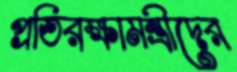
প্রতিরক্ষামন্ত্রীদের